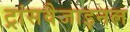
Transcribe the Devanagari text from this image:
ट्रांसवैजाइनल